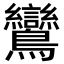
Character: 鸞